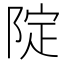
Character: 䧑